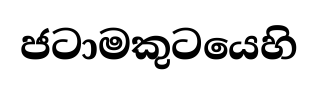
ජටාමකුටයෙහි